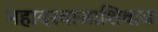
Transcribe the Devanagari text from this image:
महादरवाजाशिवाय